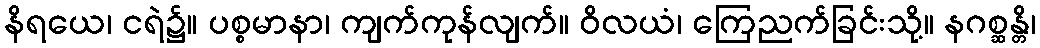
နိရယေ၊ ငရဲ၌။ ပစ္စမာနာ၊ ကျက်ကုန်လျက်။ ဝိလယံ၊ ကြေညက်ခြင်းသို့။ နဂစ္ဆန္တိ၊